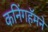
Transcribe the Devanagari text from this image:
कनिंगहॅमने